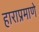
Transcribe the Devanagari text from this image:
हाराप्रमाणे